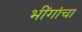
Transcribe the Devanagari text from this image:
भींगांचा